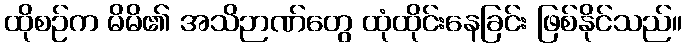
ထိုစဉ်က မိမိ၏ အသိဉာဏ်တွေ ထုံထိုင်းနေခြင်း ဖြစ်နိုင်သည်။